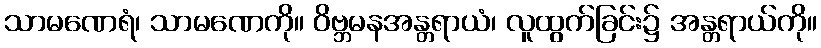
သာမဏေရံ၊ သာမဏေကို။ ဝိဗ္ဘမနအန္တရာယံ၊ လူထွက်ခြင်း၌ အန္တရာယ်ကို။